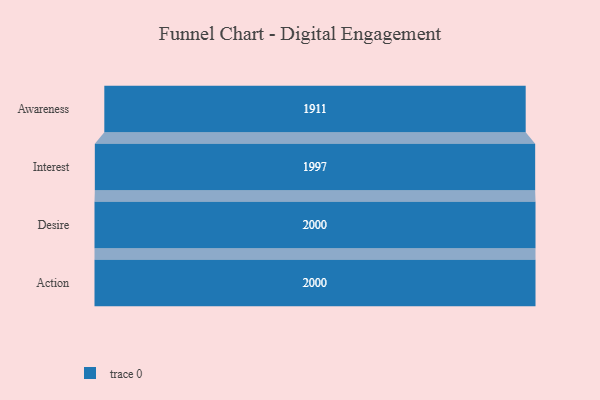
{"axis": {"x": "Stage", "y": "Value"}, "legend": [""], "data": [{"x": "Awareness", "y": 1911.0, "type": ""}, {"x": "Interest", "y": 1997.0, "type": ""}, {"x": "Desire", "y": 2000, "type": ""}, {"x": "Action", "y": 2000, "type": ""}]}